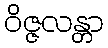
ဝိဇ္ဇလန္တာ